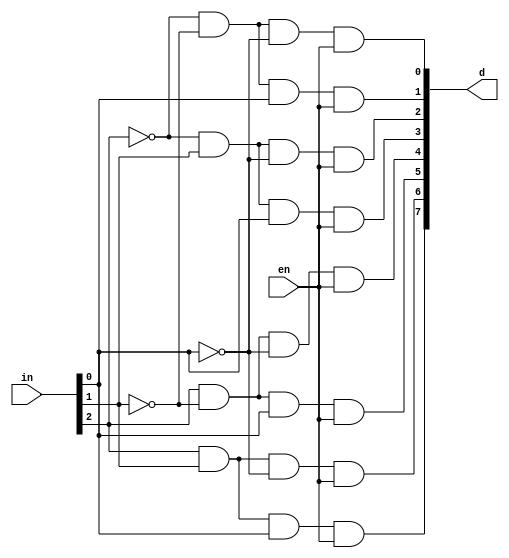
`timescale 1ns / 1ps
//////////////////////////////////////////////////////////////////////////////////
// Company: 
// Engineer: 
// 
// Design Name: 
// Module Name: dec
// Project Name: 
// Target Devices: 
// Tool Versions: 
// Description: 
// 
// Dependencies: 
// 
// Revision:
// Revision 0.01 - File Created
// Additional Comments:
// 
//////////////////////////////////////////////////////////////////////////////////


module dec(en, in, d);

    output [7:0] d;
    input [2:0] in;
    input en;
    
    assign d[0] = ~in[2] & ~in[1] & ~in[0] & en;
    assign d[1] = ~in[2] & ~in[1] & in[0] & en;
    assign d[2] = ~in[2] & in[1] & ~in[0] & en;
    assign d[3] = ~in[2] & in[1] & in[0] & en;
    assign d[4] = in[2] & ~in[1] & ~in[0] & en;
    assign d[5] = in[2] & ~in[1] & in[0] & en;
    assign d[6] = in[2] & in[1] & ~in[0] & en;
    assign d[7] = in[2] & in[1] & in[0] & en;
    
endmodule